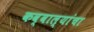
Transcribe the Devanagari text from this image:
कव्वाल्यांचा